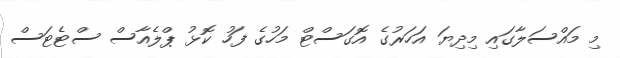
މި މައްސަލާގައި މިދިޔަ އަހަރުގެ އޮގަސްޓް މަހުގެ ފަހު ކޮޅު ޕްލެއާސް ސްޓެޓަސް